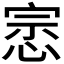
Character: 𭝛